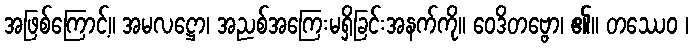
အဖြစ်ကြောင့်။ အမလဋ္ဌော၊ အညစ်အကြေးမရှိခြင်းအနက်ကို။ ဝေဒိတဗ္ဗော၊ ၏။ တဿေဝ ၊